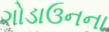
ગોડાઉનના